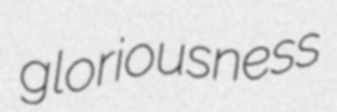
gloriousness